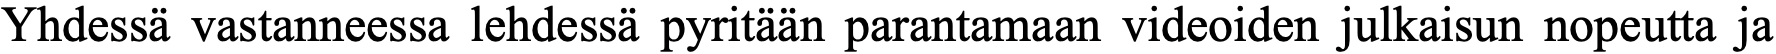
Yhdessä vastanneessa lehdessä pyritään parantamaan videoiden julkaisun nopeutta ja